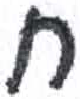
אות: ח